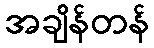
အချိန်တန်